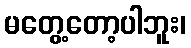
မတွေ့တော့ပါဘူး၊